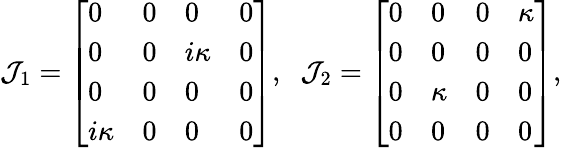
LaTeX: \mathcal{J}_{1}=\left[\begin{array}{llll}{0}&{0}&{0}&{0}\\ {0}&{0}&{i\kappa}&{0}\\ {0}&{0}&{0}&{0}\\ {i\kappa}&{0}&{0}&{0}\end{array}\right],\; \; \mathcal{J}_{2}=\left[\begin{array}{llll}{0}&{0}&{0}&{\kappa}\\ {0}&{0}&{0}&{0}\\ {0}&{\kappa}&{0}&{0}\\ {0}&{0}&{0}&{0}\end{array}\right],